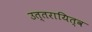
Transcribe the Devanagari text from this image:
उत्तरायित्व